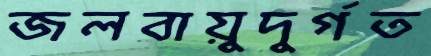
জলবায়ুদুর্গত